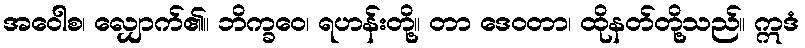
အဝေါစ၊ လျှောက်၏။ ဘိက္ခဝေ၊ ရဟန်းတို့။ တာ ဒေဝတာ၊ ထိုနတ်တို့သည်။ ဣဒံ